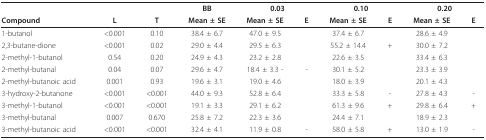
|  |  |  | BB | <COLSPAN=2> 0.03 | <COLSPAN=2> 0.10 | <COLSPAN=2> 0.20 |
 | Compound | L | T | Mean ± SE | Mean ± SE | E | Mean ± SE | E | Mean ± SE | E |
 | --- | --- | --- | --- | --- | --- | --- | --- | --- | --- |
 | 1-butanol | <0.001 | 0.10 | 38.4 ± 6.7 | 47.0 ± 9.5 |  | 37.4 ± 6.7 |  | 28.6 ± 4.9 |  |
 | 2,3-butane-dione | <0.001 | 0.02 | 29.0 ± 4.4 | 29.5 ± 6.3 |  | 55.2 ± 14.4 | + | 30.0 ± 7.2 |  |
 | 2-methyl-1-butanol | 0.54 | 0.20 | 24.9 ± 4.3 | 23.2 ± 2.8 |  | 22.6 ± 3.5 |  | 33.4 ± 6.3 |  |
 | 2-methyl-butanal | 0.04 | 0.07 | 29.6 ± 4.7 | 18.4 ± 3.3 - | - | 30.1 ± 5.2 |  | 23.3 ± 3.9 |  |
 | 2-methyl-butanoic acid | 0.001 | 0.93 | 19.6 ± 3.1 | 19.0 ± 4.6 |  | 18.0 ± 3.9 |  | 20.1 ± 4.3 |  |
 | 3-hydroxy-2-butanone | <0.001 | <0.001 | 44.0 ± 9.3 | 52.8 ± 6.4 |  | 33.3 ± 5.8 | - | 27.8 ± 4.3 | - |
 | 3-methyl-1-butanol | <0.001 | <0.001 | 19.1 ± 3.3 | 29.1 ± 6.2 |  | 61.3 ± 9.6 | + | 29.8 ± 6.4 | + |
 | 3-methyl-butanal | 0.007 | 0.670 | 25.8 ± 7.2 | 22.3 ± 3.6 |  | 24.4 ± 7.1 |  | 18.9 ± 2.3 |  |
 | 3-methyl-butanoic acid | <0.001 | <0.001 | 32.4 ± 4.1 | 11.9 ± 0.8 | - | 58.0 ± 5.8 | + | 13.0 ± 1.9 | - |